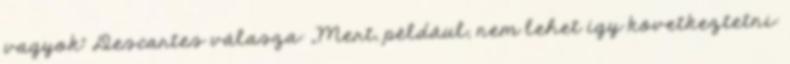
vagyok” Descartes válasza: „Mert, például, nem lehet így következtetni: